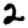
Digit: 2